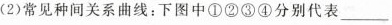
( 2 ) 常见种间关系曲线：下图中① ② ③ ④ 分别代表___